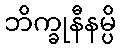
ဘိက္ခုနီနမ္ပိ